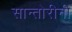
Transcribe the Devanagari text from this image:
सान्तोरीनी